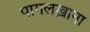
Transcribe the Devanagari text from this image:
पागलख़ाना